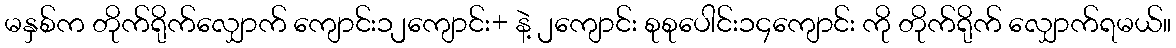
မနှစ်က တိုက်ရိုက်လျှောက် ကျောင်း၁၂ကျောင်း+ နဲ့ ၂ကျောင်း စုစုပေါင်း၁၄ကျောင်း ကို တိုက်ရိုက် လျှောက်ရမယ်။